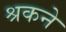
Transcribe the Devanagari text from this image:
श्रकने